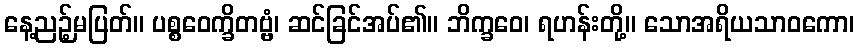
နေ့ညဉ့်မပြတ်။ ပစ္စဝေက္ခိတဗ္ဗံ၊ ဆင်ခြင်အပ်၏။ ဘိက္ခဝေ၊ ရဟန်းတို့။ သောအရိယသာဝကော၊